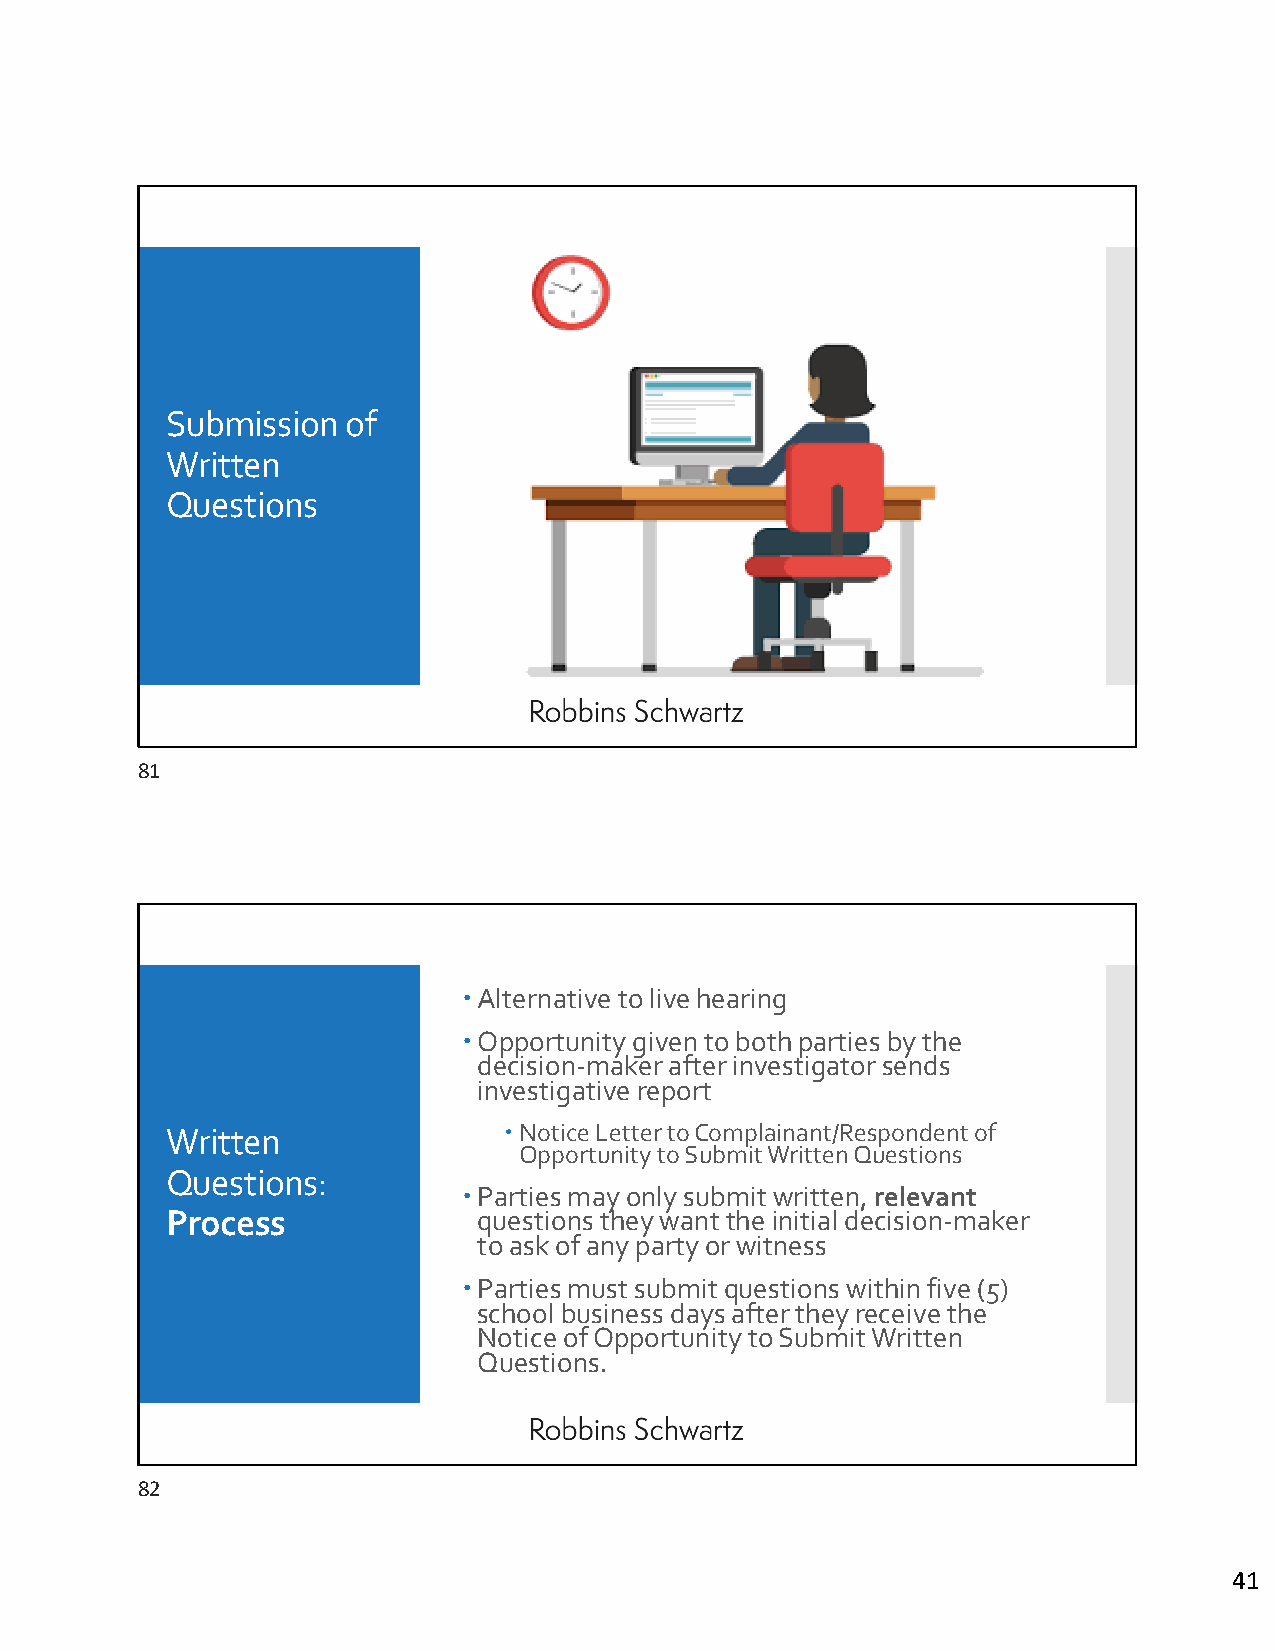
Submission  of
 Written
 Questions
 81
 Alternative to live hearing
 Opportunity given to both parties by the
 decision‐maker after investigator sends
 investigative report
 Written               Notice Letter to Complainant/Respondent of
 Opportunity to Submit Written Questions
 Questions:
 Parties may only submit written, relevant
 Process              questions they want the initial decision‐maker
 to ask of any party or witness
 Parties must submit questions within five (5)
 school business days after they receive the
 Notice of Opportunity to Submit Written
 Questions.
 82
 41